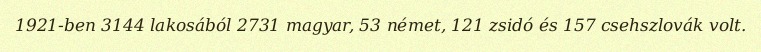
1921-ben 3144 lakosából 2731 magyar, 53 német, 121 zsidó és 157 csehszlovák volt.